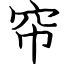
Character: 帘